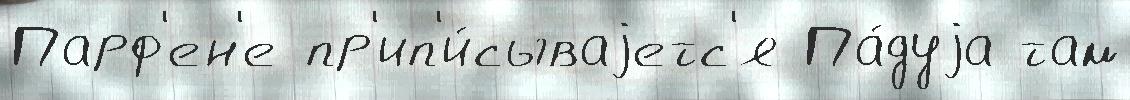
Парф'ен'е пр'ип'и́сываjетс'я Па́дуjа там